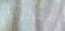
مبكرين